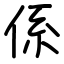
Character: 係